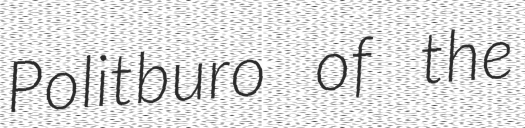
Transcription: Politburo of the